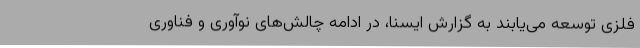
فلزی توسعه می‌یابند به گزارش ایسنا، در ادامه چالش‌های نوآوری و فناوری